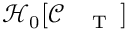
\mathcal { H } _ { 0 } [ \mathcal { C } _ { \mathrm { ~ \tiny ~ \textnormal ~ { ~ T ~ } ~ } } ]